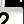
Digit: 2